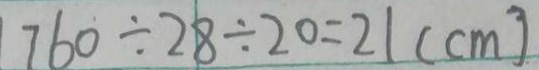
7 6 0 \div 2 8 \div 2 0 = 2 1 ( c m )